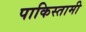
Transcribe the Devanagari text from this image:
पाकिस्तामी